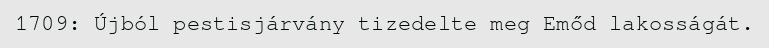
1709: Újból pestisjárvány tizedelte meg Emőd lakosságát.